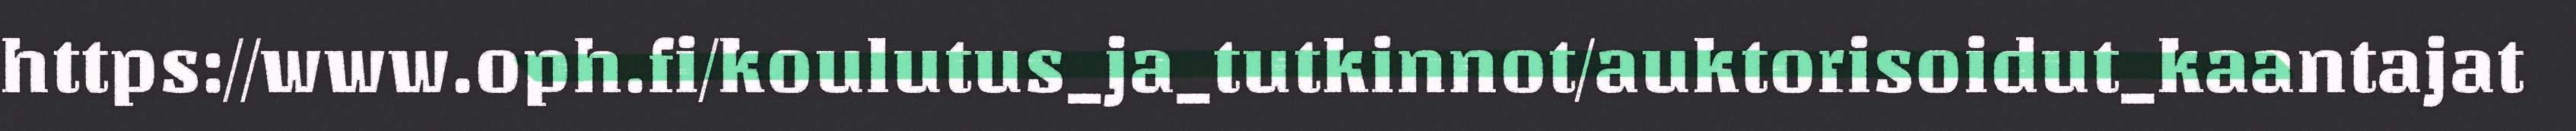
https://www.oph.fi/koulutus_ja_tutkinnot/auktorisoidut_kaantajat